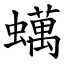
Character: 蠇